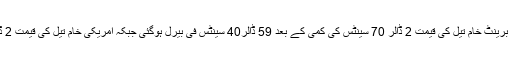
خام تیل کی قیمت میں 2.5 ڈالر سے زائد کی کمی ریکارڈ کی گئی، برینٹ خام تیل کی قیمت 2 ڈالر 70 سینٹس کی کمی کے بعد 59 ڈالر40 سینٹس فی بیرل ہوگئی جبکہ امریکی خام تیل کی قیمت 2 ڈالر 80 سینٹس کی کمی کےبعد 52 ڈالر 90سینٹس فی بیرل ہوگئی۔